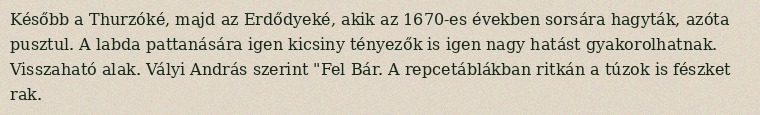
Később a Thurzóké, majd az Erdődyeké, akik az 1670-es években sorsára hagyták, azóta pusztul. A labda pattanására igen kicsiny tényezők is igen nagy hatást gyakorolhatnak. Visszaható alak. Vályi András szerint "Fel Bár. A repcetáblákban ritkán a túzok is fészket rak.